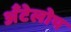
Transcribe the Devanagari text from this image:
अँटेलोप